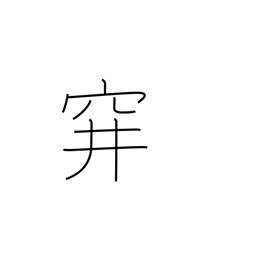
Meaning: sunken trap